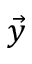
\vec { y }